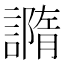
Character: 䜏